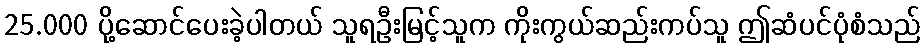
25.000 ပို့ဆောင်ပေးခဲ့ပါတယ် သူရဦးမြင့်သူက ကိုးကွယ်ဆည်းကပ်သူ ဤဆံပင်ပုံစံသည်